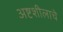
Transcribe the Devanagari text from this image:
अष्टशीलाचे